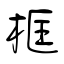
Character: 框